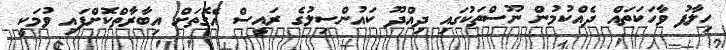
ހިލާފު ވާހަކަތައް ދެއްކުމުން ނޫސްތަކުގައި ދިއްދޫ ކައުންސިލުގެ ރައީސް އެގޮތަށް އިބާރާތްކޮށްފައި ވުމަކީ